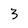
Character: 3